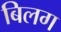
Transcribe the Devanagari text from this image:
बिलग